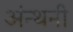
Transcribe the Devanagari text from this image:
अंन्थनी